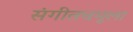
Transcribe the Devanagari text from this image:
संगीतचमूला